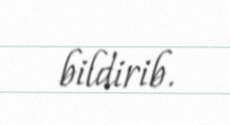
bildirib.